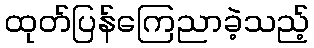
ထုတ်ပြန်ကြေညာခဲ့သည့်